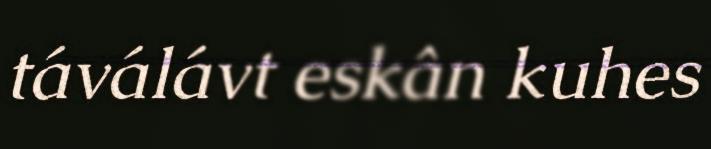
táválávt eskân kuhes